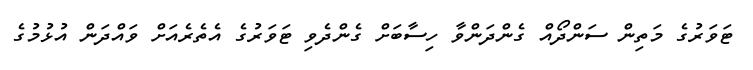
ޓަވަރުގެ މަތިން ސަންދޯއް ގެންދަންވާ ހިސާބަށް ގެންދެވި ޓަވަރުގެ އެތެރެއަށް ވައްދަން އުޅުމުގެ